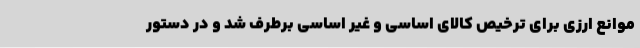
موانع ارزی برای ترخیص کالای اساسی و غیر اساسی برطرف شد و در دستور